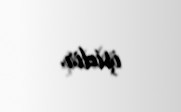
işidir.